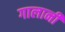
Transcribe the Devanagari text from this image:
गालानी